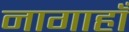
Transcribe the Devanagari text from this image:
नागाहाँ